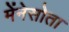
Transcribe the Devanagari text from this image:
मेंनेसोता